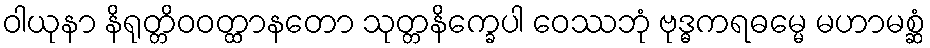
ဝါယုနာ နိရုတ္တိဝဝတ္ထာနတော သုတ္တနိက္ခေပါ ဝေဿဘုံ ဗုဒ္ဓကရဓမ္မေ မဟာမစ္ဆံ